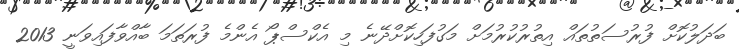
ބަދަލުކޮށް ފުރުސަތުތައް އިތުރުކުރުމަށް މަގުފަހިކޮށްދޭނެ މި އެކްސްޕޯ އެންމެ ފުރަތަމަ ބާއްވާފައިވަނީ 2013